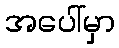
အပေါ်မှာ